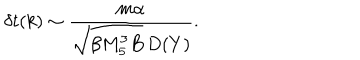
\delta t ( k ) \sim { \frac { m \alpha } { \sqrt { \beta M _ { 5 } ^ { 3 } B } \, D ( Y ) } } .